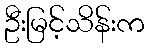
ဦးမြင့်သိန်းက